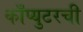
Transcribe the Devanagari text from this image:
काँप्युटरची